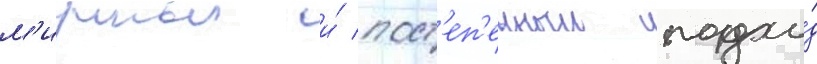
м'ирныи и́ пост'еп'енныи подхо́д